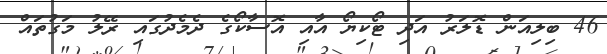
46 ބިލިއަން ޑޮލަރު އަދި ޓޯކިޔޯ އާއި އޮސާކޯގެ ދެމެދުގައި ރޭލު މަގުތައް